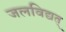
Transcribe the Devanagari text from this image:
जलविद्यत्